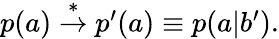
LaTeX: \begin{array}{r}{p(a)\stackrel{*}{\rightarrow}p^{\prime}(a)\equiv p(a|b^{\prime}).}\end{array}